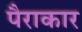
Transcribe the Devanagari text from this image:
पैराकार